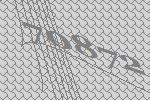
70872